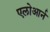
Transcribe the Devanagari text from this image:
एलोआर्न